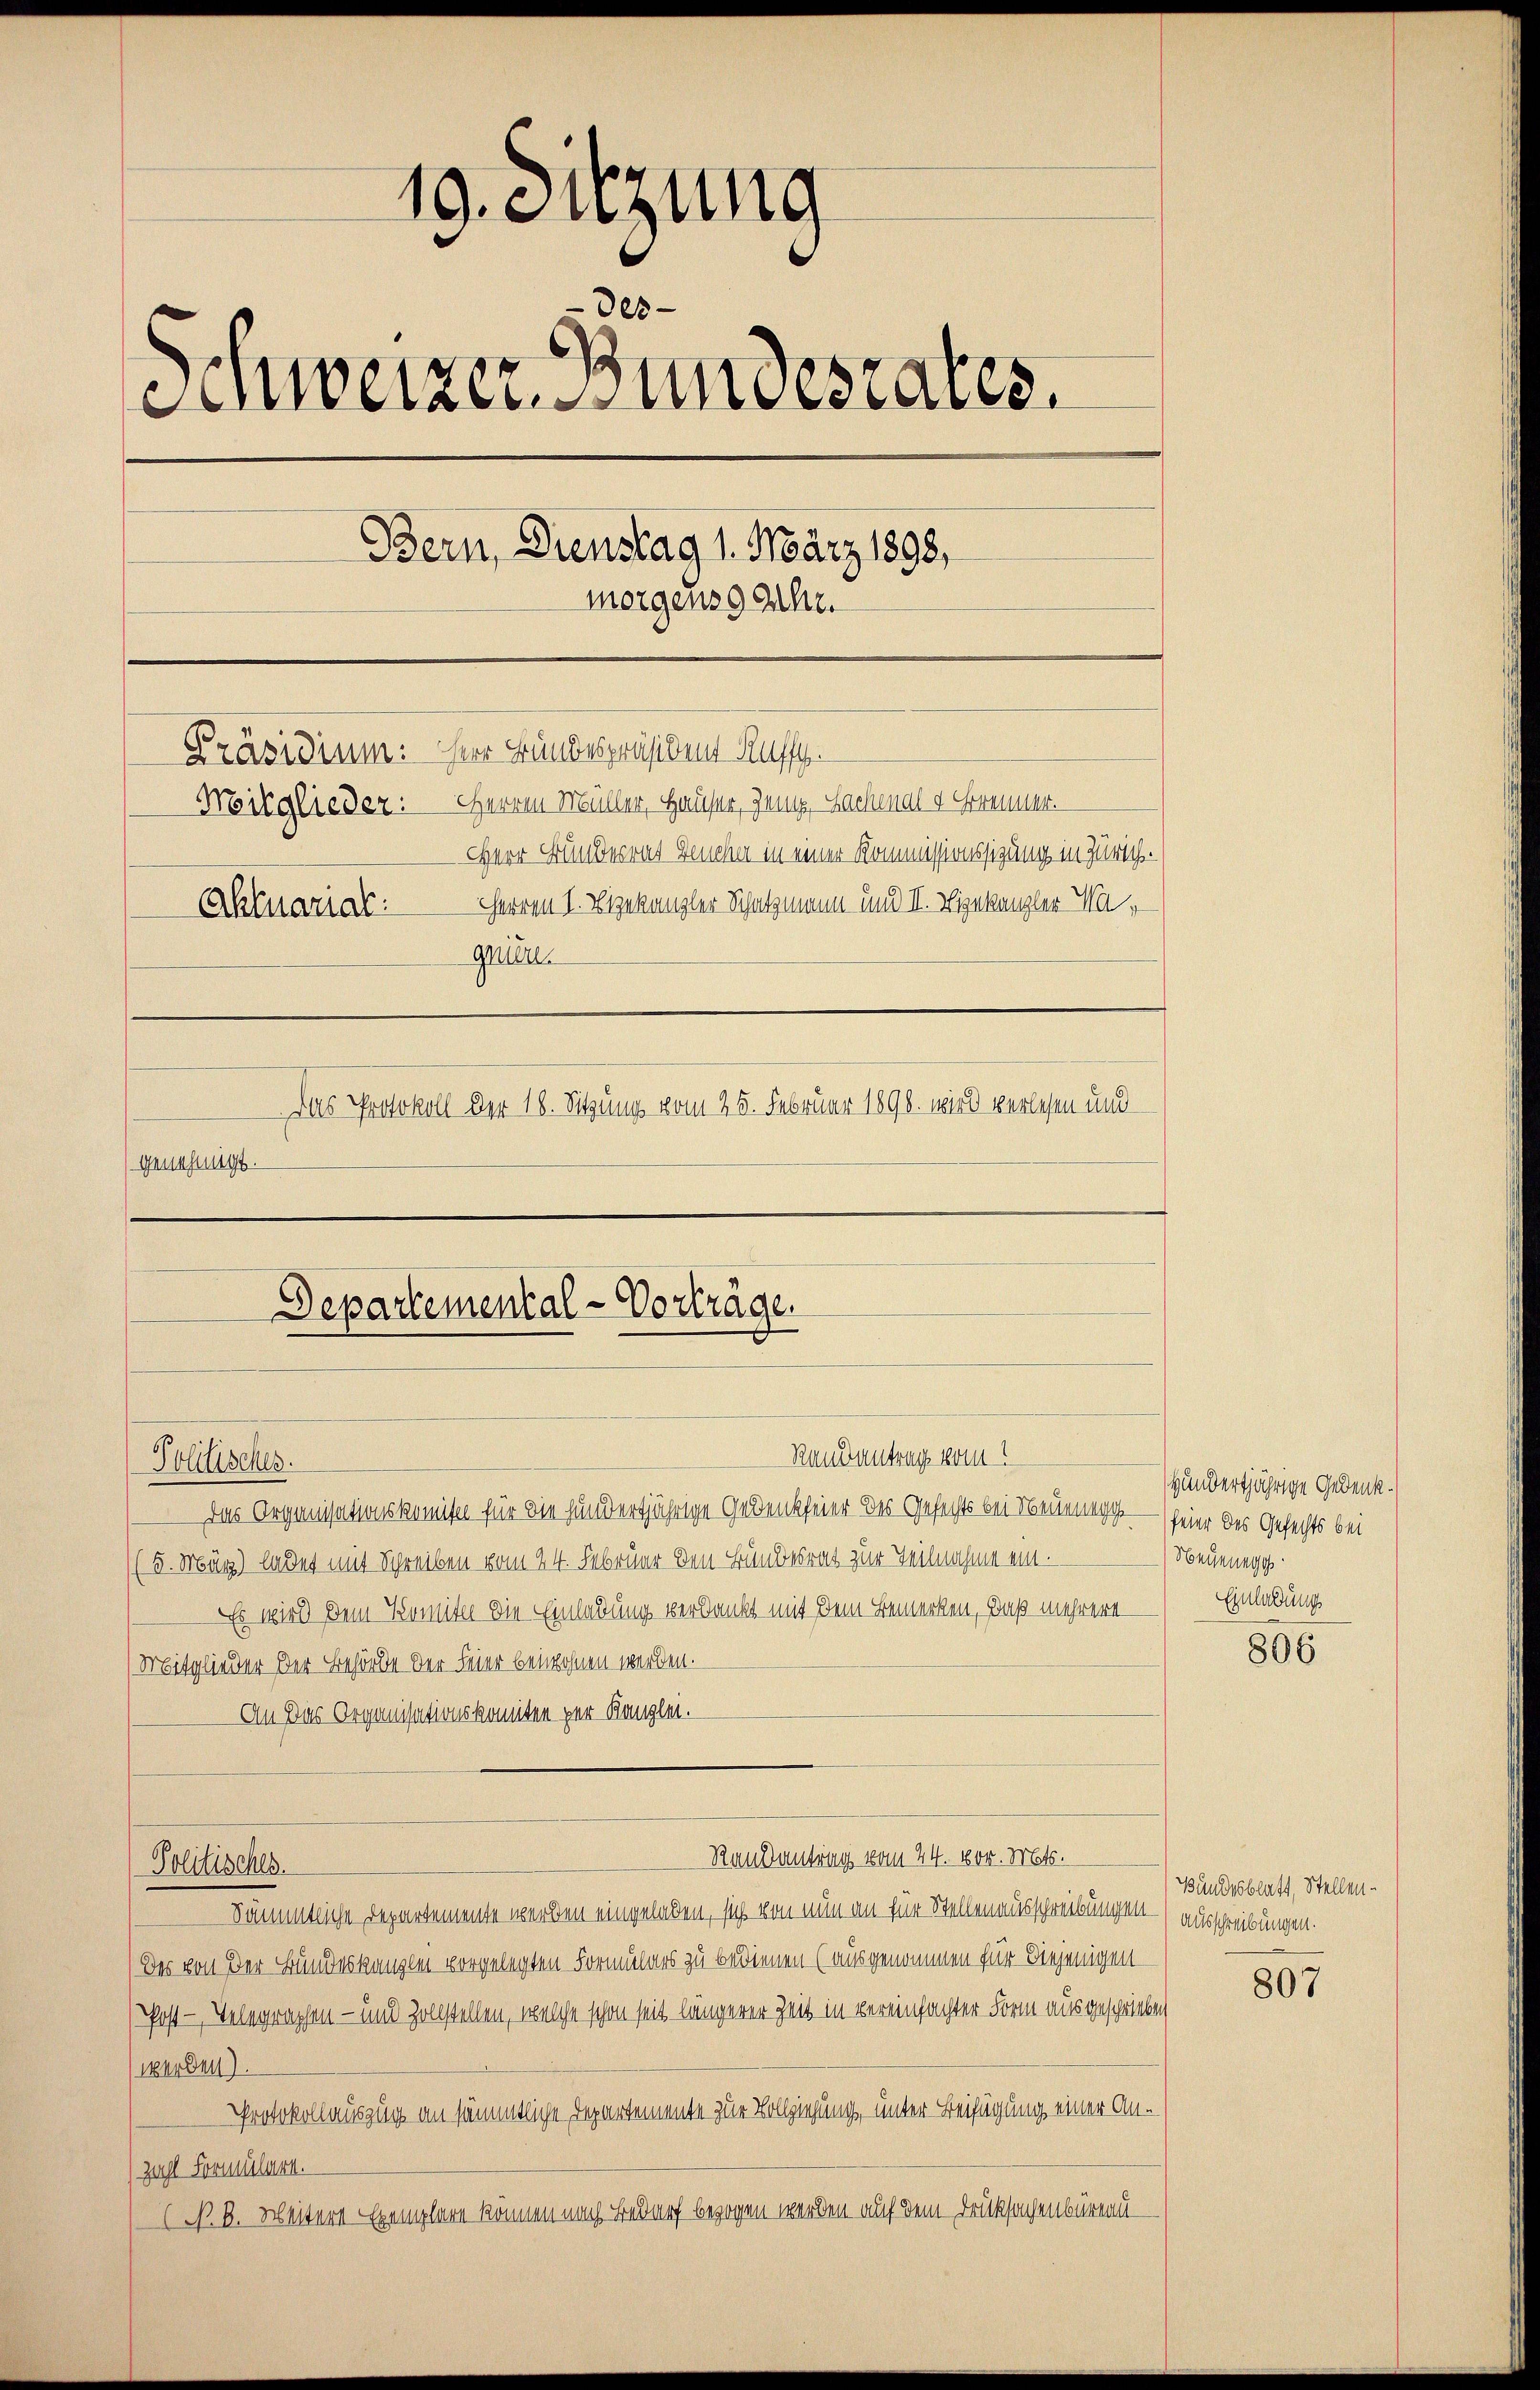
19. Sitzung
des
Einweizer, undestates.
Bern, Dienstag 1. März 1898,
morgens gaihr.
Präsidium: Der Bundespräsident Ruffy.
Mirglieder: Herren Müller, Hauser, Zemp, Lachmal v. Frommer.
Herr Bundesrat Lencher in einer Kommissionssizung in Zürich.
Herren I. Zizekanzler Schatzmann und II. Eigekanzler Wa¬
Aktuarial
gnien.
Das Protokoll der 18. Sitzung vom 25. Februar 1898 wird verlesen und
genehmigt.

Departemental-Vorträge.
Randantrag vom
Politisches.

Das Organisationskomisel für die hundertjährige Gedenkfeier des Gefechts bei Neuen — feier des Gefechts bei
((5. März) ladet mit Schreiben vom 24. Februar den Bundesrat zur Teilnahme ein.
Es wird dem Komite die Einladung verdankt mit dem Bemerken, daß mehrere
Mitglieder der Behörde der Feier beiwohnen werden.
An Das Organisationskomiten per Kanzlei.
Politisches.
Sämmtliche Departemente werden eingeladen, sich von nun an für Stellen ausschreibungen – ausschreibungen.
Das von der Bundeskanzlei vorgelegten Formulars zu bedienen (ausgenommen für diejenigen
Post- Velegraphen- und Zollstellen, welche schon seit längerer Zeit in vereinfachter Form ausgeschrieben
werden).
Protokollauszug an sämmtliche Departemente zur Vollziehung, unter Beifügung einer Anzahl Formulark.
(N. B. Weitere Exemplare können nach Bedarf bezogen werden auf dem Drucksachenbüreau-

Randantrag vom 24. 400. Mts.

Hundertjährige Gedank.
Neuenegg
Einladung

806

Bundesblatt, Stellen.

807